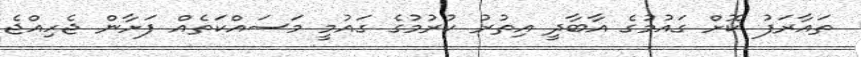
ތައާރަފު ކޮށް ގައުމުގެ އާބާދީ އިތުރު ކުރުމުގެ ގައުމީ މަސައްކަތެއް ފަށާން ޖެހިއްޖެ